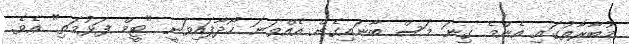
މުބާރާތުގައި އެންމެ ގިނަ މަސް ބާނައިގެން އެއްވަނަ ހޯދާފައިވަނީ "ޓީމް ފަޅުމަތި" އެވެ.